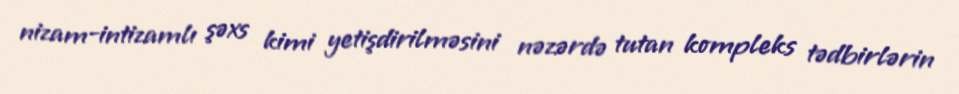
nizam-intizamlı şəxs kimi yetişdirilməsini nəzərdə tutan kompleks tədbirlərin